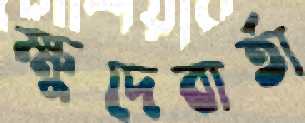
ক্ষুদেবার্তা